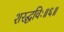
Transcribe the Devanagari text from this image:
शरद्धविः॥६॥